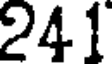
241